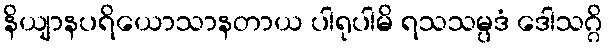
နိယျာနပရိယောသာနတာယ ပါရုပါမိ ရသသမ္ပဒံ ဒေါသဂ္ဂိ